Civil Veterinary Department Bihar & Orissa reports 1922-29 - 1922-1929
Year: 1922
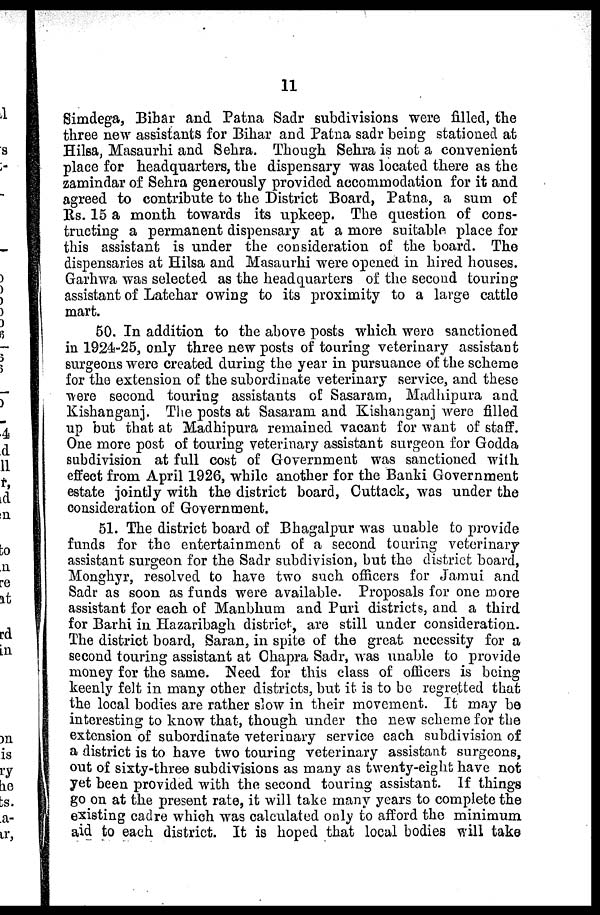
11
Simdega, Bihar and Patna Sadr subdivisions were filled, the
three new assistants for Bihar and Patna sadr being stationed at
Hilsa, Masaurhi and Sehra. Though Sehra is not a convenient
place for headquarters, the dispensary was located there as the
zamindar of Sehra generously provided accommodation for it and
agreed to contribute to the District Board, Patna, a sum of
Rs. 15 a month towards its upkeep. The question of cons-
tructing a permanent dispensary at a more suitable place for
this assistant is under the consideration of the board. The
dispensaries at Hilsa and Masaurhi were opened in hired houses.
Garhwa was selected as the headquarters of the second touring
assistant of Latehar owing to its proximity to a large cattle
mart.
50. In addition to the above posts which were sanctioned
in 1924-25, only three new posts of touring veterinary assistant
surgeons were created during the year in pursuance of the scheme
for the extension of the subordinate veterinary service, and these
were second touring assistants of Sasaram, Madhipura and
Kishanganj. The posts at Sasaram and Kishanganj were filled
up but that at Madhipura remained vacant for want of staff.
One more post of touring veterinary assistant surgeon for Godda
subdivision at full cost of Government was sanctioned with
effect from April 1926, while another for the Banki Government
estate jointly with the district board, Cuttack, was under the
consideration of Government.
51. The district board of Bhagalpur was unable to provide
funds for the entertainment of a second touring veterinary
assistant surgeon for the Sadr subdivision, but the district board,
Monghyr, resolved to have two such officers for Jamui and
Sadr as soon as funds were available. Proposals for one more
assistant for each of Manbhum and Puri districts, and a third
for Barhi in Hazaribagh district, are still under consideration.
The district board, Saran, in spite of the great necessity for a
second touring assistant at Chapra Sadr, was unable to provide
money for the same. Weed for this class of officers is being
keenly felt in many other districts, but it is to be regretted that
the local bodies are rather slow in their movement. It may be
interesting to know that, though under the new scheme for the
extension of subordinate veterinary service each subdivision of
a district is to have two touring veterinary assistant surgeons,
out of sixty-three subdivisions as many as twenty-eight have not
yet been provided with the second touring assistant. If things
go on at the present rate, it will take many years to complete the
existing cadre which was calculated only to afford the minimum
aid to each district. It is hoped that local bodies will take